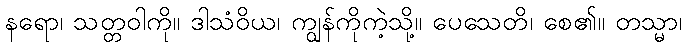
နရော၊ သတ္တဝါကို။ ဒါသံဝိယ၊ ကျွန်ကိုကဲ့သို့။ ပေသေတိ၊ စေ၏။ တသ္မာ၊